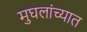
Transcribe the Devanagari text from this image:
मुघलांच्यात